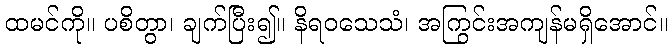
ထမင်ကို။ ပစိတွာ၊ ချက်ပြီး၍။ နိရဝသေသံ၊ အကြွင်းအကျန်မရှိအောင်။